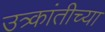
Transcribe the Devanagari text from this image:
उत्र्कांतीच्या